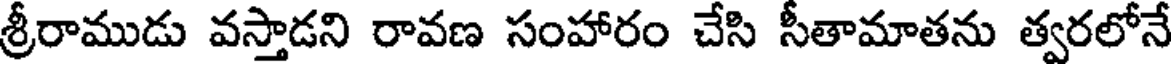
శ్రీరాముడు వస్తాడని రావణ సంహారం చేసి సీతామాతను త్వరలోనే